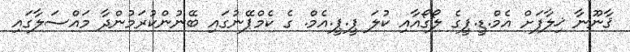
ޤާނޫނާ ޚިލާފަށް އެމް.ޑީ.ޕީގެ ލޯގޯއާއި ކުލަ ޕީ.ޕީ.އެމް. ގެ ކެމްޕޭނުގައި ބޭނުންކުރަމުންދާ މައްސަލާގައި